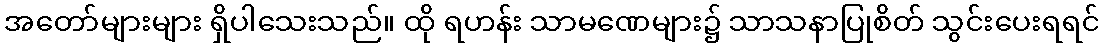
အတော်များများ ရှိပါသေးသည်။ ထို ရဟန်း သာမဏေများ၌ သာသနာပြုစိတ် သွင်းပေးရရင်